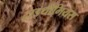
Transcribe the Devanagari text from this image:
ट्राइथीमियस